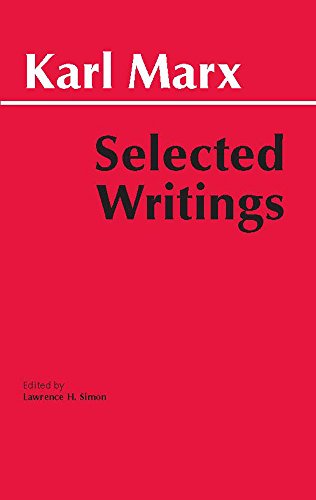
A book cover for Marx: Selected Writings (Hackett Classics); Karl Marx; Politics & Social Sciences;